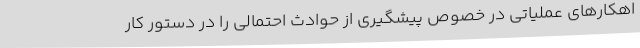
اهکارهای عملیاتی در خصوص پیشگیری از حوادث احتمالی را در دستور کار